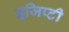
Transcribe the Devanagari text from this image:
इजिप्टी